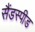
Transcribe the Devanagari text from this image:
सैंडस्‍पीड